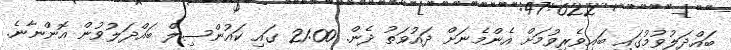
ބައްދަލުވުމުގައި ބައިވެރިވުމަށް އެންމެނަށް ދައުވަތު ދެން. 21:00 ގައި ކައުންސިލް ބައްދަލުވުން އޮންނާނެ.